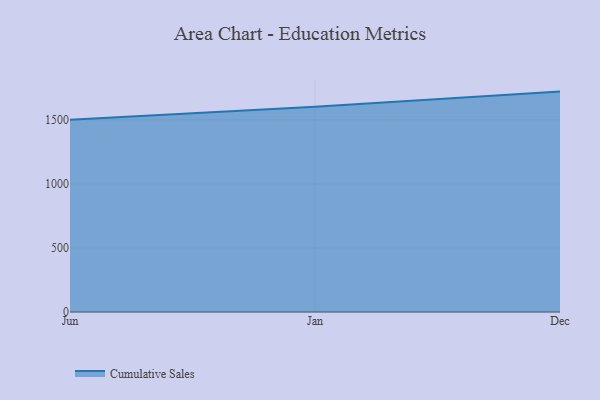
{"axis": {"x": "Month", "y": "Conversion Rate (%)"}, "legend": ["Cumulative Sales"], "data": [{"x": "Jun", "y": 1501.8, "type": "Cumulative Sales"}, {"x": "Jan", "y": 1602.6, "type": "Cumulative Sales"}, {"x": "Dec", "y": 1720.7, "type": "Cumulative Sales"}]}